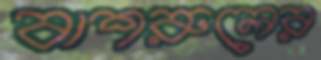
বাশরুলের